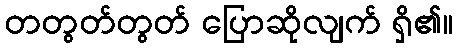
တတွတ်တွတ် ပြောဆိုလျက် ရှိ၏။